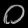
Digit: ၀